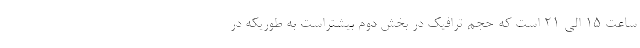
ساعت ۱۵ الی ۲۱ است که حجم ترافیک در بخش دوم بیشتراست به طوریکه در